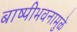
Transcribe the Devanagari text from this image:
बाष्पीभवनामुळे